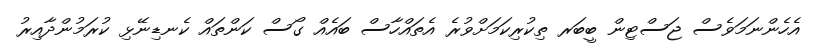
އެހެންނަމަވެސް ޖަސްޓިން ބީބަރ ތިކުރިކަމަށްވުރެ އެތައްހާސް ބައެއް ގޯސް ކަންތައް ކެނޑިނޭޅި ކުރަމުންދާއިރު